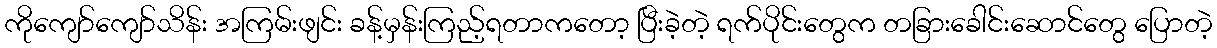
ကိုကျော်ကျော်သိန်း အကြမ်းဖျင်း ခန့်မှန်းကြည့်ရတာကတော့ ပြီးခဲ့တဲ့ ရက်ပိုင်းတွေက တခြားခေါင်းဆောင်တွေ ပြောတဲ့